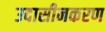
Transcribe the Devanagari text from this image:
उदासीनकरण